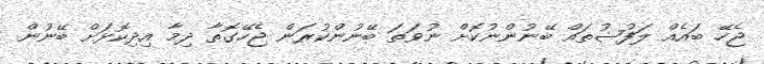
ޖެހޭ ބައެއް ލަފުޟުތައް ބޭނުންނުކޮށް ނުވަތަ ބޭނުންކުރަން ޖެހޭގޮތާ ދިމާ އިދިކޮޅަށް ބޭނުން